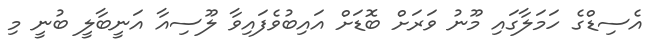
އެސިޑްގެ ހަމަލާގައި މޫނު ވަރަށް ބޮޑަށް އައިބުވެފައިވާ ލޫސިއާ އަނީބާލީ ބުނީ މި